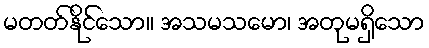
မတတ်နိုင်သော။ အသမသမော၊ အတုမရှိသော